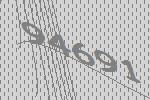
94691